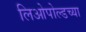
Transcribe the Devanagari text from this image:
लिओपोल्डच्या